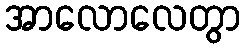
အာလောလေတွာ